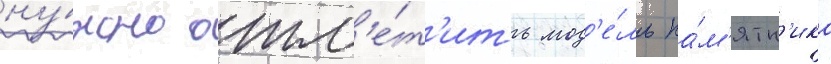
ну́жно отм'е́т'ить мод'е́ль па́м'ятн'ика